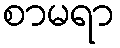
စာမရာ